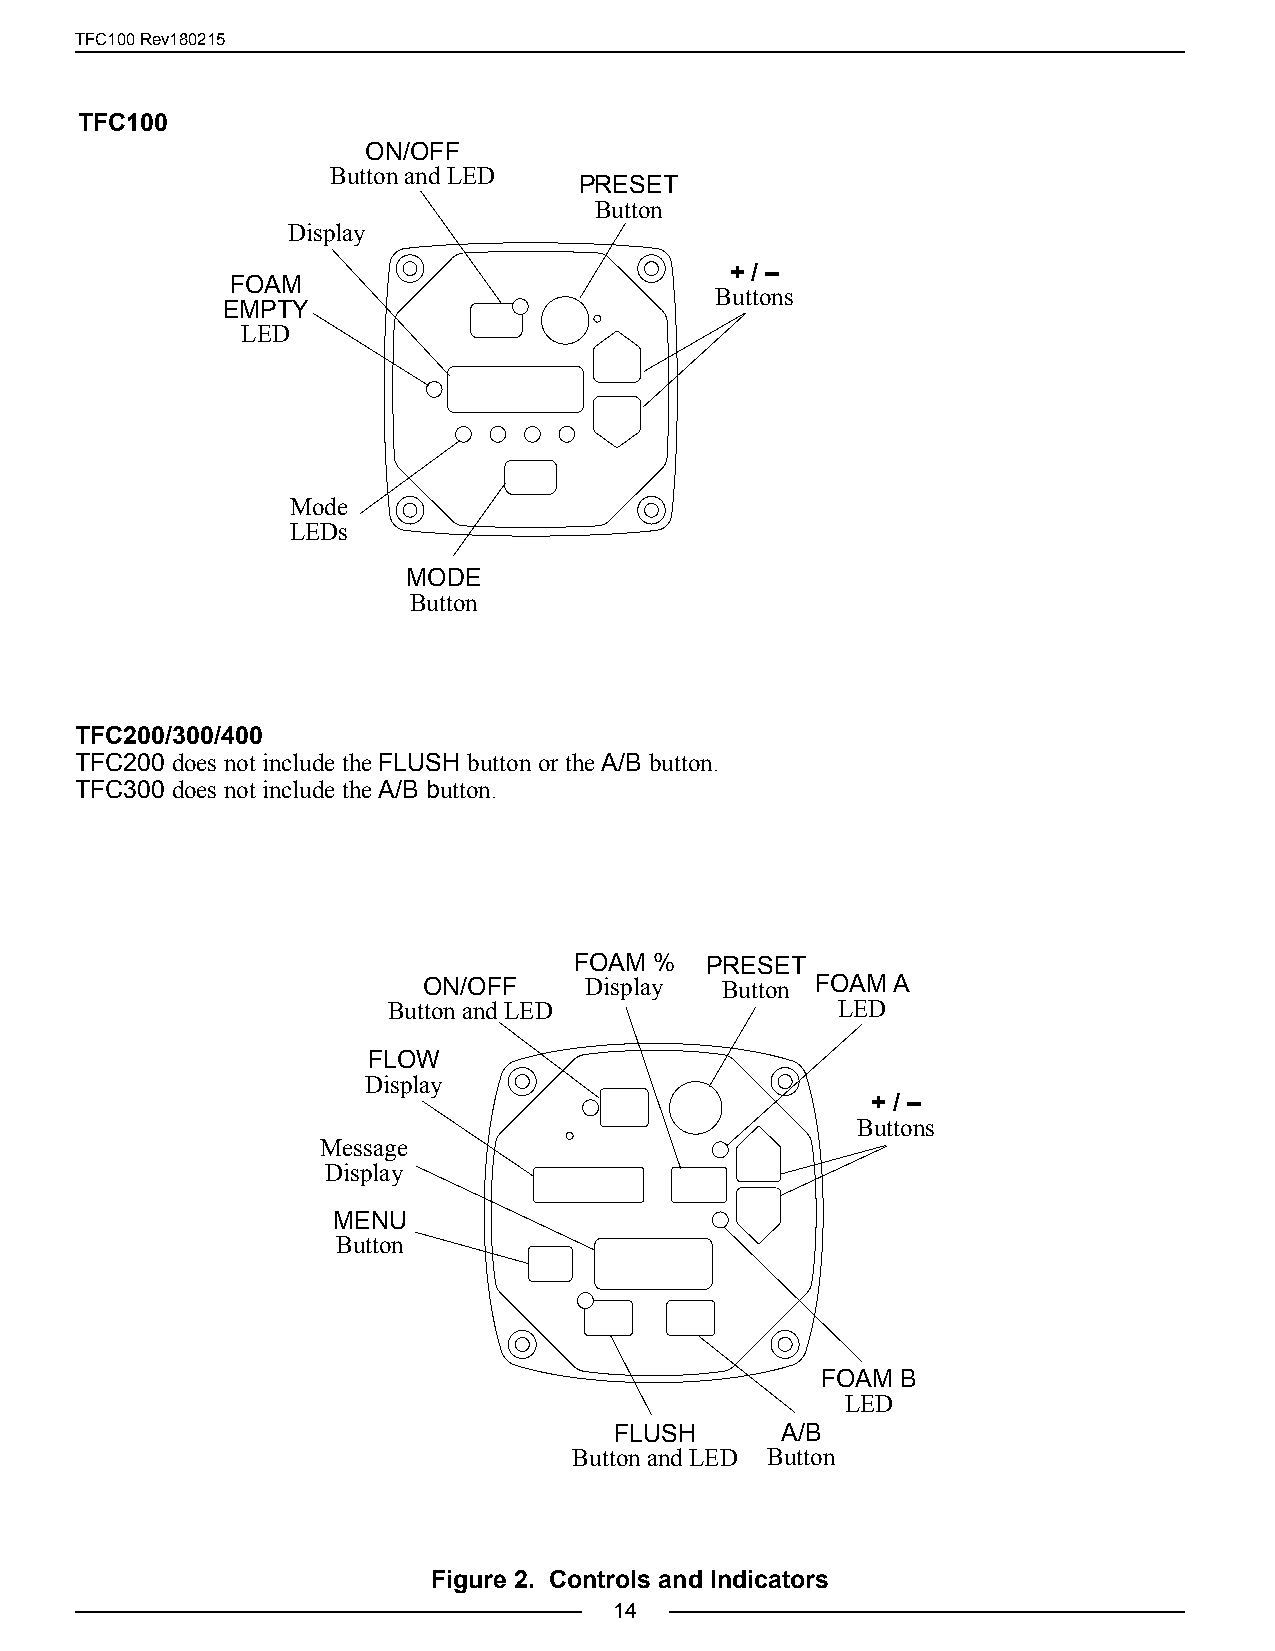
TFC100 Rev180215
 TFC100
 ON/OFF
 Button and LED
 PRESET
 Button
 Display
 + / –
 FOAM
 Buttons
 EMPTY
 LED
 Mode
 LEDs
 MODE
 Button
 TFC200/300/400
 TFC200 does not include the FLUSH button or the A/B button.
 TFC300 does not include the A/B button.
 FOAM %   PRESET
 ON/OFF     Display  Button FOAM A
 Button and LED               LED
 FLOW
 Display
 + / –
 Buttons
 Message
 Display
 MENU
 Button
 FOAM  B
 LED
 FLUSH      A/B
 Button and LED Button
 Figure 2. Controls and Indicators
 14